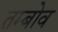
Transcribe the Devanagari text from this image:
तम्बोव